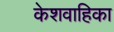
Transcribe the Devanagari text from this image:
केशवाहिका